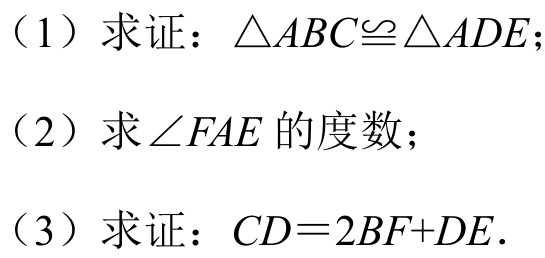
(1) 求证：\(\triangle ABC\cong\triangle ADE\);
(2) 求\(\angle FAE\)的度数；
(3) 求证：\(CD = 2BF+DE\).